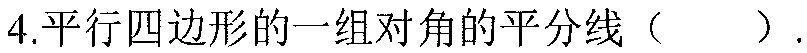
4.平行四边形的一组对角的平分线（  ）.